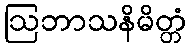
ဩဘာသနိမိတ္တံ